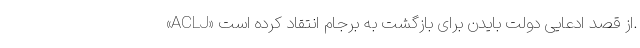
«ACLJ» از قصد ادعایی دولت بایدن برای بازگشت به برجام انتقاد کرده است.